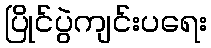
ပြိုင်ပွဲကျင်းပရေး